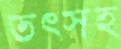
তৎসহ